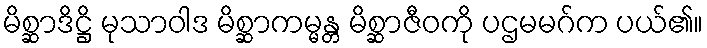
မိစ္ဆာဒိဋ္ဌိ မုသာဝါဒ မိစ္ဆာကမ္မန္တ မိစ္ဆာဇီဝကို ပဌမမဂ်က ပယ်၏။